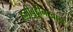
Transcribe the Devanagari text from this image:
हमीबुद्दीनखान